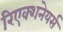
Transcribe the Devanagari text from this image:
रिएक्शनेयर्स